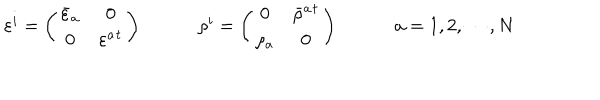
LaTeX: \begin{array} { c c c } { { \varepsilon ^ { i } = \left( \begin{array} { c c } { { \bar { \varepsilon } _ { a } } } & { { 0 } } \\ { { 0 } } & { { \varepsilon ^ { a } { } ^ { t } } } \\ \end{array} \right) ~ } } & { { ~ \rho ^ { i } = \left( \begin{array} { c c } { { 0 } } & { { \bar { \rho } ^ { a } { } ^ { t } } } \\ { { \rho _ { a } } } & { { 0 } } \\ \end{array} \right) ~ } } & { { ~ a = 1 , 2 , \cdots , N } } \\ \end{array}